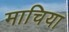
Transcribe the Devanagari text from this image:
माचिया